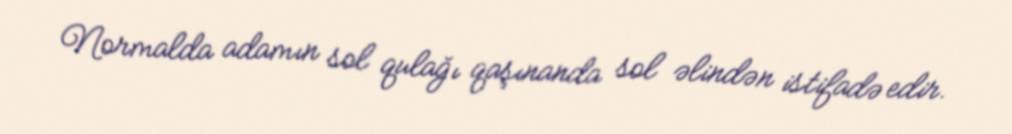
Normalda adamın sol qulağı qaşınanda sol əlindən istifadə edir.